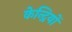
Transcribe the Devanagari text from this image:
केन्द्रियों